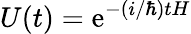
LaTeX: U(t)=\mathrm{e}^{-(i/\hbar)tH}